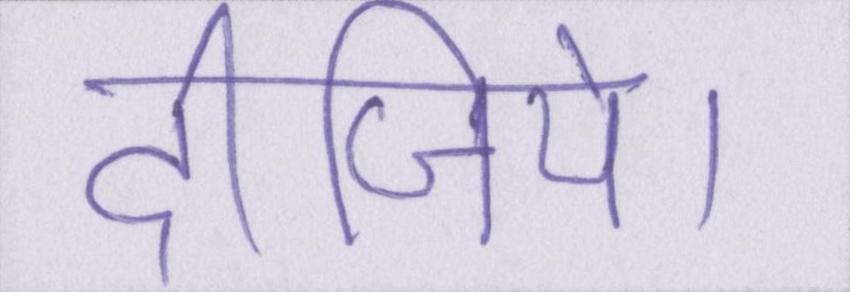
दीजिये।